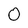
Character: 0